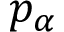
p _ { \alpha }